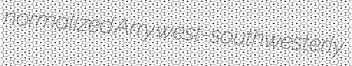
normalized Arry west-southwesterly